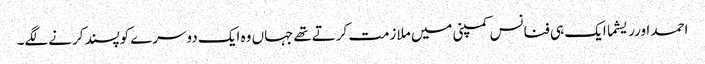
احمد اورریشما ایک ہی فنانس کمپنی میں ملازمت کرتےتھےجہاں وہ ایک دوسرےکوپسندکرنےلگے۔